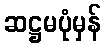
ဆဋ္ဌမပုံမှန်